Indian journal of veterinary science and animal husbandry - Volume 10,
Year: 1940
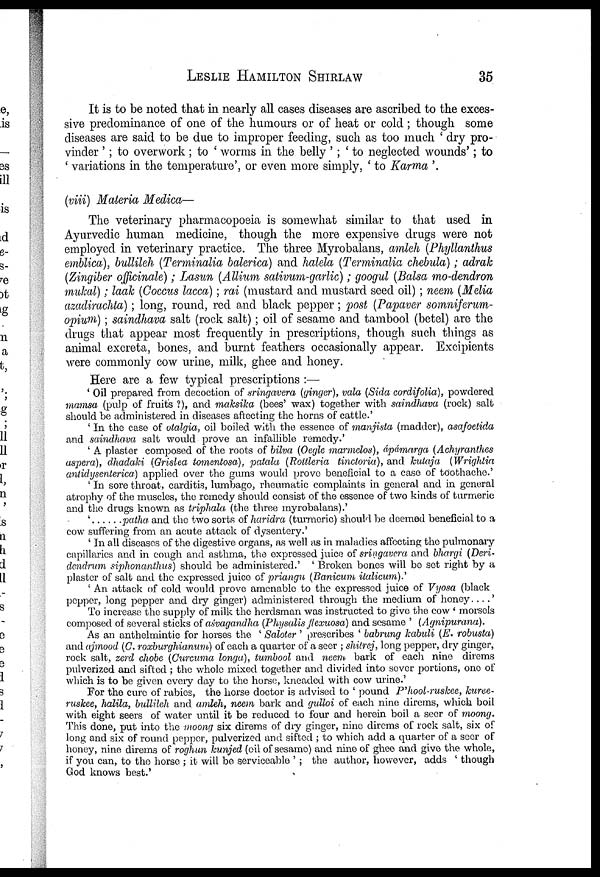
LESLIE
HAMILTON
SHIRLAW
35
It is to be noted that in nearly all cases diseases are ascribed to the exces
sive predominance of one of the humours or of heat or cold ; though some
diseases are said to be due to improper feeding, such as too much ' dry pro
vider ' ; to overwork; to ' worms in the belly ' ; ' to neglected wounds'; to
' variations in the temperature', or even more simply, ' to Karma '.
(viii) Materia Medica—
The veterinary pharmacopoeia is somewhat similar to that used in
Ayurvedic human medicine, though the more expensive drugs were not
employed in veterinary practice. The three Myrobalans, amleh (Phyllanthus
emblica), bullileh (Terminalia balerica) and halela (Terminalia chebula) ; adrak
(Zingiber officinale); Lasun (Allium sativum-garlic); googul (Balsa mo-dendron
mukal); laak (Coccus lacca) ; rai (mustard and mustard seed oil) ; neem (Melia
azadirachta) ; long, round, red and black pepper ; post (Palaver somniferum¬
opium); saindhava salt (rock salt) ; oil of sesame and tambool (betel) are the
drugs that appear most frequently in prescriptions, though such things as
animal excreta, bones, and burnt feathers occasionally appear. Excipients
were commonly cow urine, milk, ghee and honey.
Here are a few typical prescriptions :—
' Oil prepared from decoction of sringavera (ginger), vala (Sida cordifolia), powdered
mamsa (pulp of fruits ?), and maksika (bees' wax) together with saindhava (rock) salt
should be administered in diseases affecting the horns of cattle.'
' In the case of otalgia, oil boiled with the essence of manjista (madder), asafoetida
and saindhava salt would prove an infallible remedy.'
' A plaster composed of the roots of bilva (Oegle marmelos), ápámarga (Achyranthes
aspera), dhadaki (Grislea tomentosa), patala (Rottleria tinctoria), and kutaja (Wrightia
antidysenterica) applied over the gums would prove beneficial to a case of toothache.'
' In sore throat, carditis, lumbago, rheumatic complaints in general and in general
atrophy of the muscles, the remedy should consist of the essence of two kinds of turmeric
and the drugs known as triphala (the three myrobalans).'
' . . . . . . patha and the two sorts of haridra (turmeric) should be deemed beneficial to a
cow suffering from an acute attack of dysentery.'
' In all diseases of the digestive organs, as well as in maladies affecting the pulmonary
capillaries and in cough and asthma, the expressed juice of sringavera and bhargi (Deri¬
dendrum siphonanthus) should be administered.' ' Broken bones will be set right by a
plaster of salt and the expressed juice of priangu (Banicum italicum).'
' An attack of cold would prove amenable to the expressed juice of Vyosa (black
pepper, long pepper and dry ginger) administered through the medium of honey. .. .'
To increase the supply of milk the herdsman was instructed to give the cow ' morsels
composed of several sticks aśvagandha (Physalis flexuosa) and sesame ' (Agnipurana).
As an anthelmintic for horses the ' Saloter ' prescribes ' babrung kabuli (E. robusta)
and ajmood (C. roxburghianum) of each a quarter of a seer ; shitrej, long pepper, dry ginger,
rock salt, zerd chobe (Curcuma longa), tumbool and neem bark of each nine direms
pulverized and sifted ; the whole mixed together and divided into sever portions, one of
which is to be given every day to the horse, kneaded with cow urine.'
For the cure of rabies, the horse doctor is advised to ' pound P'hool-ruskee, kuree¬
ruskee, halia, bullilch and amleh, neem bark and gulloi of each nine direms, which boil
with eight seers of water until it be reduced to four and herein boil a seer of moong.
This done, put into the moong six direms of dry ginger, nine direms of rock salt, six of
long and six of round pepper, pulverized and sifted ; to which add a quarter of a seer of
honey, nine direms of roghun kunjed (oil of sesame) and nine of ghee and give the whole,
if you can, to the horse ; it will be serviceable ' ; the author, however, adds ' though
God knows best.'